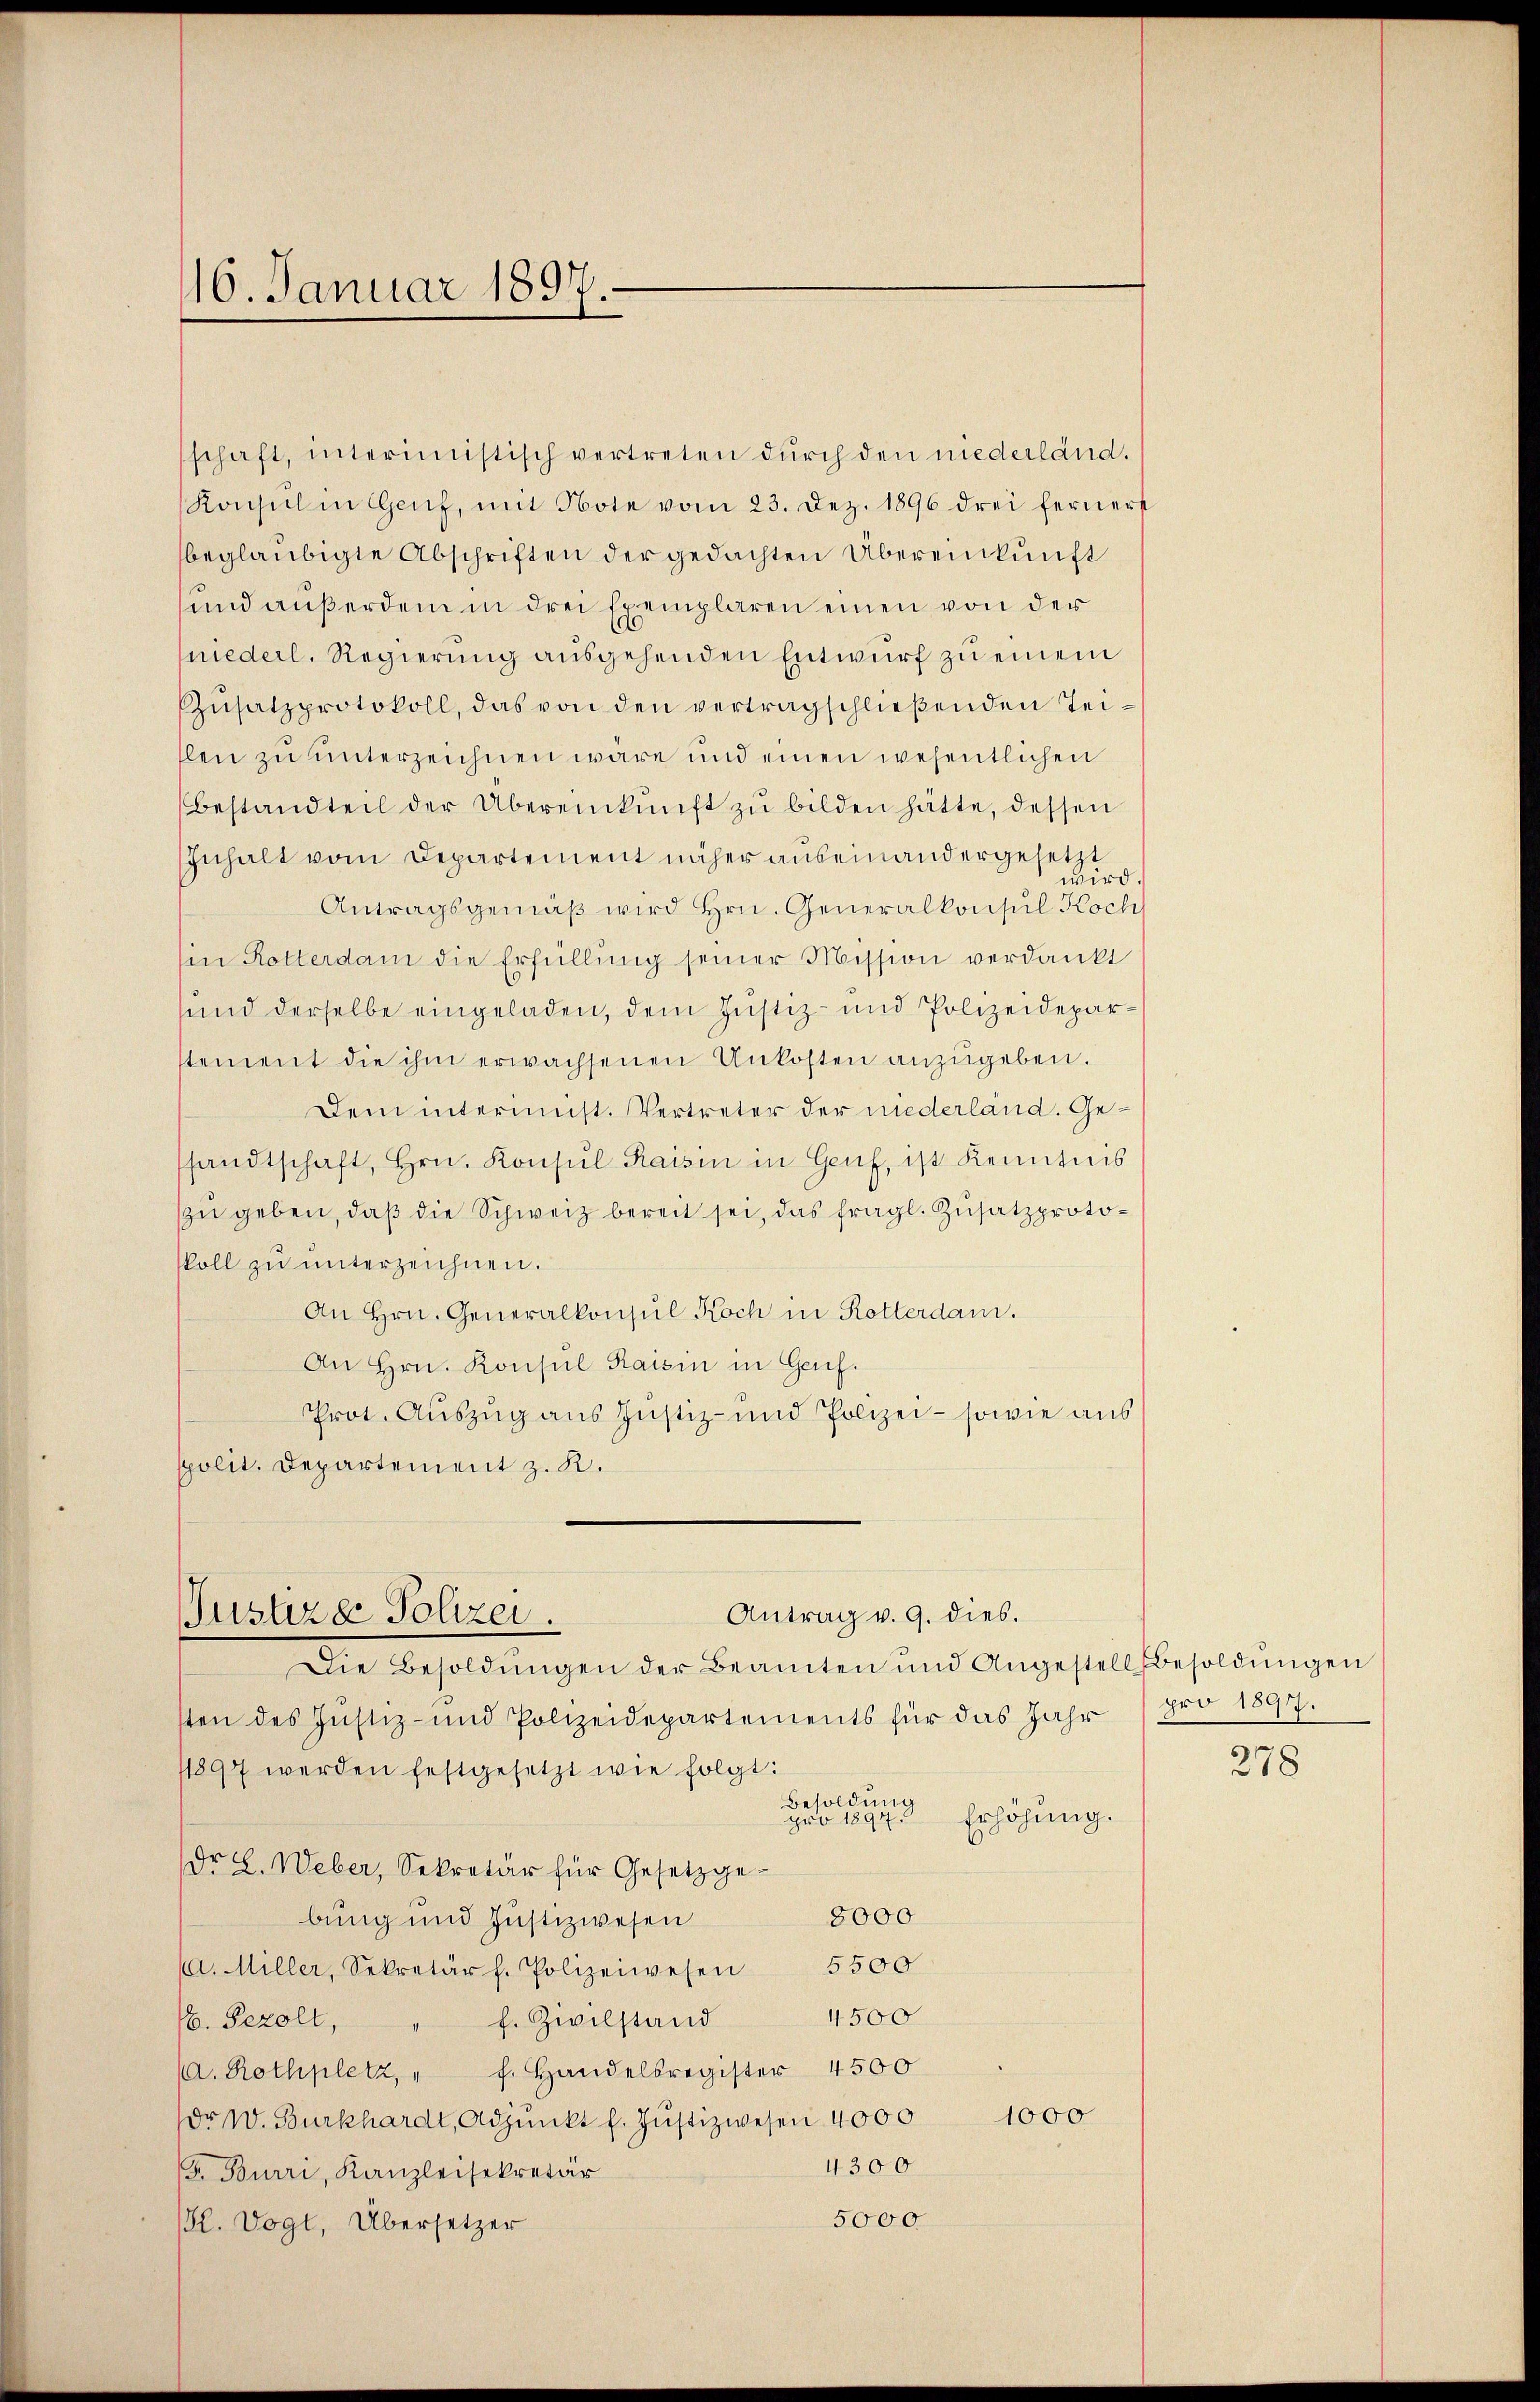
16. Januar 1897.

schaft, interimistisch vertreten durch den niederländ.
Konsul in Genf, mit Note vom 23. Dez. 1896 drei fernere
beglaubigte Abschriften der gedachten Übereinkunft
sund außerdem in drei Exemplaren einen von der
niederl. Regierung ausgehenden Entwurf zu einem
Zŭsatzprotokoll, das von den vertragschließenden Tei-
llen zu unterzeichnen wäre und einen wesentlichen
Bestandteil der Übereinkunft zŭ bilden hätte, dessen
Inhalt vom Departement näher auseinandergesetzt
wird.
Antragsgemäβ wird Hrn. Generalkonsul Koch
Ein Rotterdam die Erfüllŭng seiner Mission verdankt
sund derselbe eingeladen, dem Justiz- und Polizeideparstement die ihm erwachsenen Unkosten anzŭgeben.
Dem interinnst. Vertreter der niederländ. Gessandtschaft, Hrn. Konsul Raisin in Genf, ist Kenntnis
zu geben, daβ die Schweiz bereit sei, das fragl. Zusatzprotoskoll zu unterzeichnen.
An Hrn. Generalkonsul Koch in Rotterdam.
An Hrn. Konsul Raisin in Genf.
Prot. Auszug aus Justiz- und Polizei- sowie aus
spolit. Departement z. K.

Antrag v. 9. dies.
Justire Polizei.

Die Besoldŭngen der Beamten und Angestell Besoldŭngen
sten des Justiz- und Polizeidepartements für das Jahr
11897 werden festgesetzt wie folgt:
Besoldung
Erhöhung.
pro 1894
Dr. L. Weber, Sekretär für Gesetzge¬
8000
bung und Justizwesen
C. Miller, Sekretär f. Polizeiwesen 5500
4500
f. Zivilstand
6. Pezolt,
a. Rothplatz, " f. Handelsregister 4500
dr W. Burkhardt, Adjunkt f. Jŭstizwesen 4000 1000
4300
F. Burri, Kanzleisekretär
5000
l. Vogt, Übersetzer

pro 1897.

278